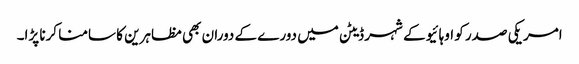
امریکی صدر کو اوہائیو کے شہر ڈیٹن میں دورے کے دوران بھی مظاہرین کا سامنا کرنا پڑا۔